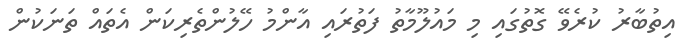
އިތުބާރު ކުރެވޭ ގޮތުގައި މި މައުލޫމާތު ފަތުރައި އާންމު ހޭލުންތެރިކަން އެތައް ތަނަކުން